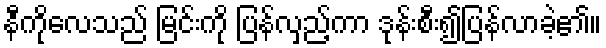
နီကိုလေသည် မြင်းကို ပြန်လှည့်ကာ ဒုန်းစီး၍ပြန်လာခဲ့၏။